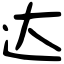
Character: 达